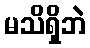
မသိရှိဘဲ